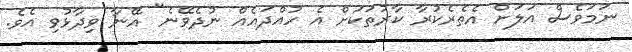
ނަމަވެސް އަލަށް އެތެރެކުރާ ކާރުތަކަށް އެ ހުއްދައެއް ނުދެވޭނެ" އޭނާ ވިދާޅުވި އެވެ.